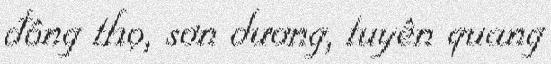
đông thọ, sơn dương, tuyên quang